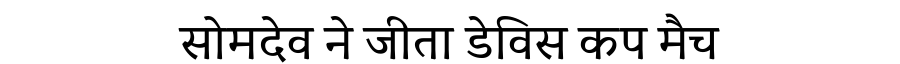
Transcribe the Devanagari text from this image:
सोमदेव ने जीता डेविस कप मैच